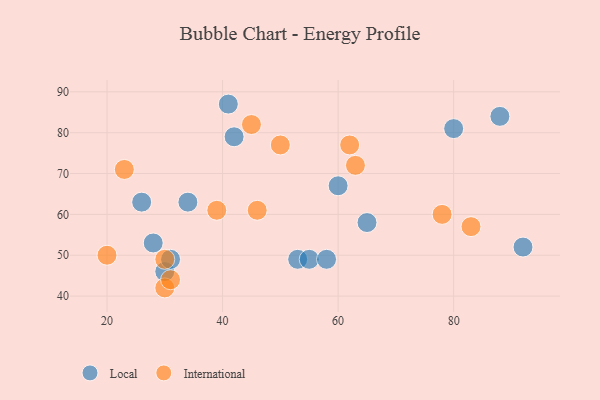
{"axis": {"x": "GDP", "y": "Life Expectancy"}, "legend": ["International", "Local"], "data": [{"x": "28", "y": 53, "type": "Local"}, {"x": "30", "y": 46, "type": "Local"}, {"x": "53", "y": 49, "type": "Local"}, {"x": "41", "y": 87, "type": "Local"}, {"x": "26", "y": 63, "type": "Local"}, {"x": "55", "y": 49, "type": "Local"}, {"x": "60", "y": 67, "type": "Local"}, {"x": "42", "y": 79, "type": "Local"}, {"x": "34", "y": 63, "type": "Local"}, {"x": "31", "y": 49, "type": "Local"}, {"x": "65", "y": 58, "type": "Local"}, {"x": "80", "y": 81, "type": "Local"}, {"x": "88", "y": 84, "type": "Local"}, {"x": "58", "y": 49, "type": "Local"}, {"x": "92", "y": 52, "type": "Local"}, {"x": "46", "y": 61, "type": "International"}, {"x": "20", "y": 50, "type": "International"}, {"x": "63", "y": 72, "type": "International"}, {"x": "30", "y": 42, "type": "International"}, {"x": "45", "y": 82, "type": "International"}, {"x": "31", "y": 44, "type": "International"}, {"x": "83", "y": 57, "type": "International"}, {"x": "23", "y": 71, "type": "International"}, {"x": "62", "y": 77, "type": "International"}, {"x": "30", "y": 49, "type": "International"}, {"x": "39", "y": 61, "type": "International"}, {"x": "78", "y": 60, "type": "International"}, {"x": "50", "y": 77, "type": "International"}]}